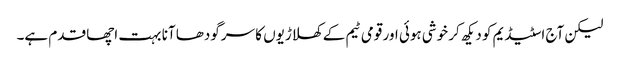
لیکن آج اسٹیڈیم کو دیکھ کر خوشی ہوئی اور قومی ٹیم کے کھلاڑیوں کا سرگودھا آنا بہت اچھا قدم ہے۔